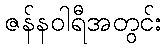
ဇန်နဝါရီအတွင်း